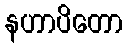
နဟာပိတော